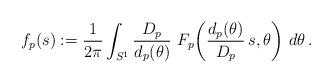
LaTeX: \begin{align*} f_p(s) := \frac{1}{2\pi} \int_{S^1} \frac{D_p}{d_p(\theta)} \ F_p\!\left(\frac{d_p(\theta)}{D_p} \, s,\theta\right) \, d\theta \,.\end{align*}